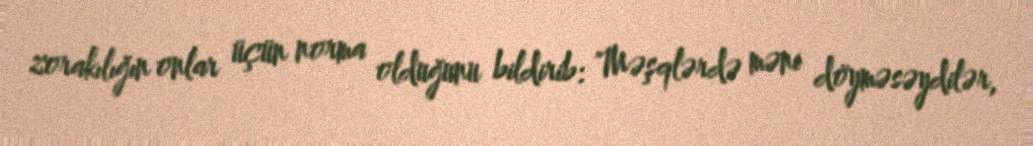
zorakılığın onlar üçün norma olduğunu bildirib: "Məşqlərdə məni döyməsəydilər,